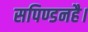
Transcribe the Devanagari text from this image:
सपिण्डनहै।